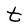
Character: t